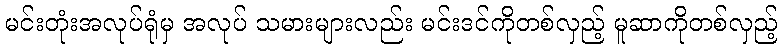
မင်းတုံးအလုပ်ရုံမှ အလုပ် သမားများလည်း မင်းဒင်ကိုတစ်လှည့် မူဆာကိုတစ်လှည့်